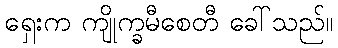
ရှေးက ကျိုက္ခမီစေတီ ခေါ်သည်။